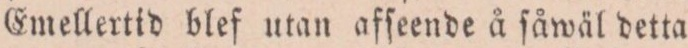
Emellertid blef utan afſeende å ſåwäl detta